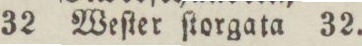
32 Weſter ſtorgata 32.